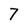
Character: 7